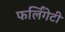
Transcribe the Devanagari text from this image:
फर्लिंगेटी